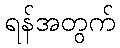
ရန်အတွက်